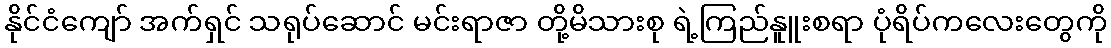
နိုင်ငံကျော် အက်ရှင် သရုပ်ဆောင် မင်းရာဇာ တို့မိသားစု ရဲ့ကြည်နူူးစရာ ပုံရိပ်ကလေးတွေကို